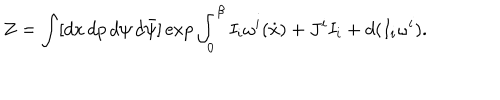
Z = \int [ d x \, d p \, d \psi \, d \bar { \psi } ] \exp \int _ { 0 } ^ { \beta } I _ { i } \omega ^ { i } ( \dot { x } ) + J ^ { i } I _ { i } + d ( I _ { i } \omega ^ { i } ) .